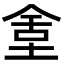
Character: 𡌫